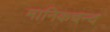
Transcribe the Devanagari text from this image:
मानिकचन्द